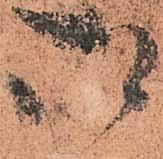
御